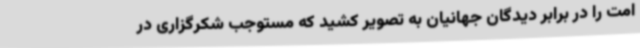
امت را در برابر دیدگان جهانیان به تصویر کشید که مستوجب شکرگزاری در